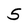
Character: 5